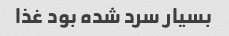
بسیار سرد شده بود غذا